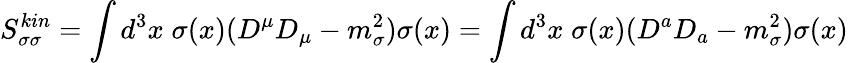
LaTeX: S_{\sigma\sigma}^{kin}=\int d^{3}x\; \sigma(x)(D^{\mu}D_{\mu}-m_{\sigma}^{2})\sigma(x)=\int d^{3}x\; \sigma(x)(D^{a}D_{a}-m_{\sigma}^{2})\sigma(x)